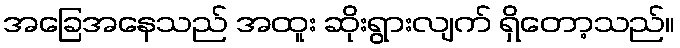
အခြေအနေသည် အထူး ဆိုးရွားလျက် ရှိတော့သည်။